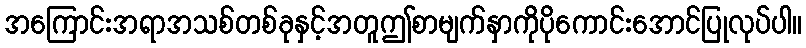
အကြောင်းအရာအသစ်တစ်ခုနှင့်အတူဤစာမျက်နှာကိုပိုကောင်းအောင်ပြုလုပ်ပါ။